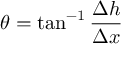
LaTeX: \theta = \tan ^ { - 1 } { \frac { \Delta h } { \Delta x } }